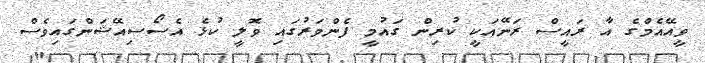
ވީއޭއެމްގެ އާ ރައީސް ރަނޭއަކީ ކުރިން ގައުމީ ފެންވަރުގައި ވޮލީ ކުޅެ އެސޯސިއޭޝަންގައިވެސް